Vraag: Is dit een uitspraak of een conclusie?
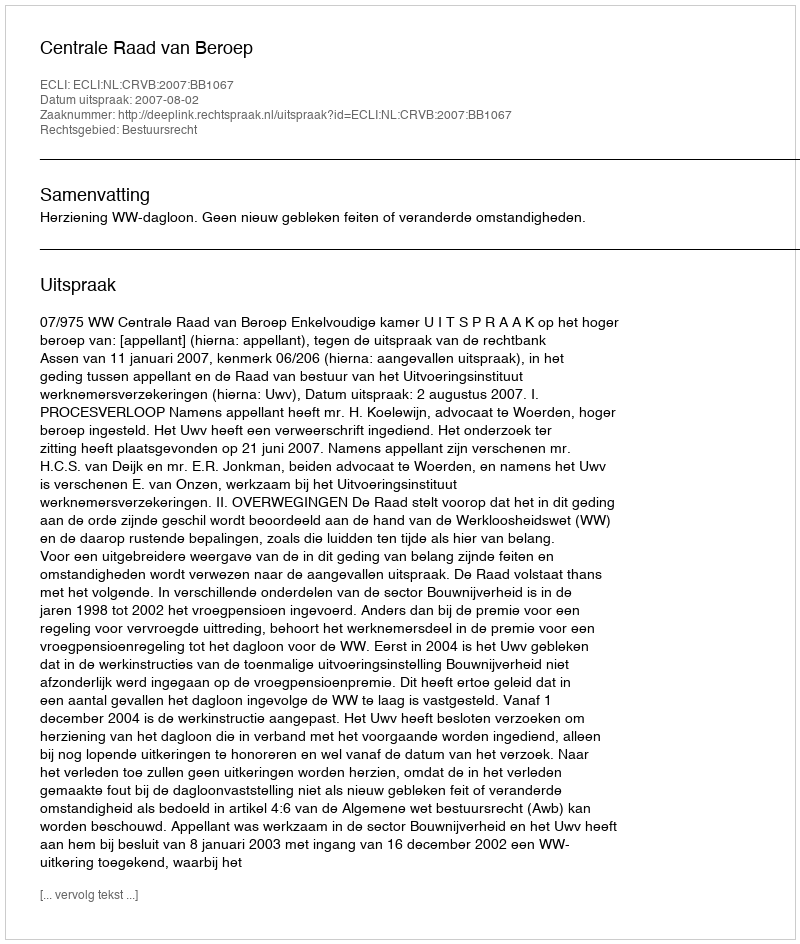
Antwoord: Uitspraak